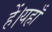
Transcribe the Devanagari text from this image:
हें।यहाँ